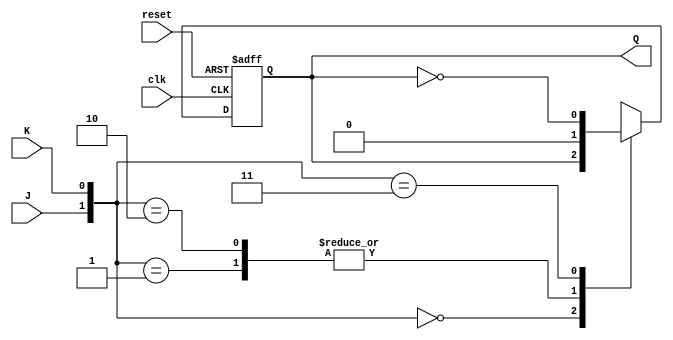
module JK_flipflop (
    input J, // J input
    input K, // K input
    input clk, // Clock input
    input reset, // Reset input
    output reg Q // Output Q
);

always @(negedge clk or posedge reset)
begin
    if (reset) begin
        Q <= 1'b0; // Reset active, hold current state
    end else begin
        case ({J,K})
            2'b00: Q <= Q; // No change
            2'b01: Q <= 1'b0; // Reset
            2'b10: Q <= 1'b0; // Set
            2'b11: Q <= ~Q; // Toggle
        endcase
    end
end

endmodule